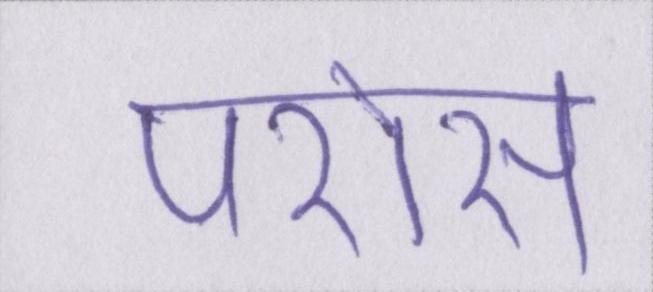
परोस